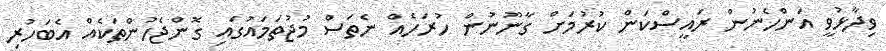
ވިދާޅުވީ އަންހެނުން ރައީސްކަން ކުރުމަށް ގާނޫނުން ހުރަހެއް ނެތަސް މުޖުތަމައުގައި ގޮންޖެހުންތަކެއް އެބަހުރި